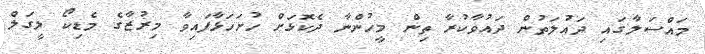
މައްސަލާގައި ދައުލަތުން ދައުވާކުރާ ތިން މީހުންނާ ދެކޮޅަށް ހުށަހަޅާފައިވާ މިރުޒާގެ މެޑިކޯ ލީގަލް